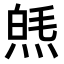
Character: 𤋞